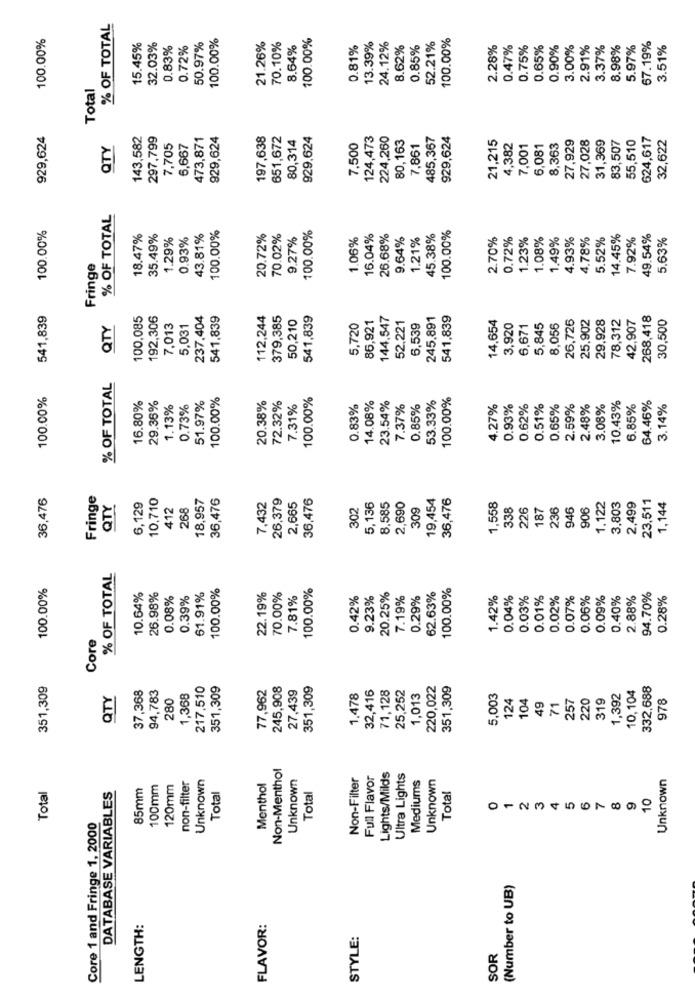
% OF TOTAL
100.00%
100.00%
100.00%
100.00%
15.45%
32.03%
0.83%
0.72%
50.97%
21.26%
70.10%
8.64%
0.81%
13.39%
24.12%
8.62%
0.85%
52.21%
2.28%
0.47%
0.75%
0.65%
0.90%
3.00%
2.91%
3.37%
8.98%
5.97%
67.19%
3.51%
Total
929,624
143,582
297,799
473,871
929,624
197,638
651,672
80,314
929,624
124,473
224,260
80,163
485,367
929,624
21,215
27,929
27,028
31,369
83,507
55,510
624,617
32,622
QTY
7,705
6,667
7,500
7,861
4,382
7,001
6,081
8,363
% OF TOTAL
100.00%
100.00%
100.00%
100.00%
18.47%
35.49%
1.29%
0.93%
43.81%
20.72%
70.02%
9.27%
1.06%
16.04%
26.68%
9.64%
1.21%
45.38%
2.70%
0.72%
1.23%
1.08%
1.49%
4.93%
4.78%
5.52%
14.45%
7.92%
49.54%
5.63%
Fringe
541,839
100,085
192,306
237,404
541,839
112,244
379,385
50,210
541,839
86,921
144,547
52,221
245,891
541,839
14,654
26,726
25,902
29.928
78,312
42,907
268,418
30,500
QTY
7,013
5,031
5,720
6,539
3,920
6,671
5,845
8,056
% OF TOTAL
100.00%
16.80%
29.36%
51.97%
100.00%
20.38%
100.00%
23.54%
53.33%
100.00%
10.43%
64.46%
1.13%
0.73%
72.32%
7.31%
0.83%
14.08%
7.37%
0.85%
4.27%
0.93%
0.62%
0.51%
0.65%
2.59%
2.48%
3.08%
6.85%
3.14%
36,476
Fringe
10,710
18,957
36,476
7,432
26,379
36,476
19,454
36,476
23,511
QTY
6,129
412
268
2,665
302
5,136
8,585
2,690
309
1,558
38
226
187
236
946
906
1.122
3,803
2,499
1,144
% OF TOTAL
100.00%
100.00%
100.00%
100.00%
10.64%
26.98%
0.08%
0.39%
61.91%
22.19%
70.00%
7.81%
0.42%
9.23%
20.25%
7.19%
0.29%
62.63%
1.42%
0.04%
0.03%
0.01%
0.02%
0.07%
0.06%
0.09%
0.40%
2.88%
94.70%
0.28%
Core
351,309
37,368
94,783
217,510
351,309
77,962
245,908
27,439
351,309
32,416
71,128
25,252
220,022
351,309
10,104
332,688
QTY
280
1,368
1,478
1,013
5,003
124
104
257
220
319
1,392
978
49
71
Non-Menthol
non-filter
Unknown
Unknown
Non-Filter
Full Flavor
Lights/Milds
Ultra Lights
Mediums
Unknown
Unknown
Total
85mm
100mm
120mm
Menthol
DATABASE VARIABLES
Total
Total
Total
01234567891
Core 1 and Fringe 1, 2000
(Number to UB)
LENGTH:
FLAVOR:
STYLE:
SOR